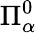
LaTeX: \Pi_{\alpha}^{0}